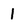
Character: l